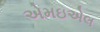
એમઇએલ